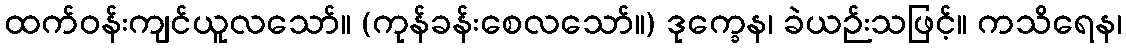
ထက်ဝန်းကျင်ယူလသော်။ (ကုန်ခန်းစေလသော်။) ဒုက္ခေန၊ ခဲယဉ်းသဖြင့်။ ကသိရေန၊